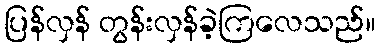
ပြန်လှန် တွန်းလှန်ခဲ့ကြလေသည်။